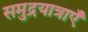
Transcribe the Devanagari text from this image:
समुद्रयात्राएँ